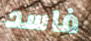
فاسد